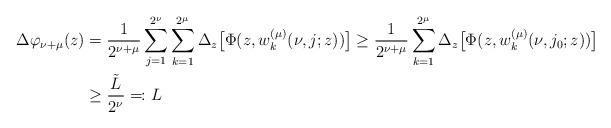
LaTeX: \begin{align*} \Delta \varphi_{\nu+\mu}(z) &= \frac{1}{2^{\nu+\mu}} \sum_{j=1}^{2^\nu}\sum_{k=1}^{2^\mu} \Delta_z\big[ \Phi(z,w_k^{(\mu)}(\nu,j;z))\big] \ge \frac{1}{2^{\nu+\mu}} \sum_{k=1}^{2^\mu} \Delta_z \big[\Phi(z,w_k^{(\mu)}(\nu,j_0;z))\big] \\ &\ge \frac{\tilde{L}}{2^\nu} \eqqcolon L \end{align*}